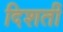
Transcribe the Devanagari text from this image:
दिशतीं